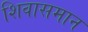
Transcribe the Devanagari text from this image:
शिवासमान